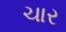
ચાર